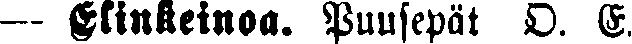
— Elinkeinoa. Puusepät O. E.